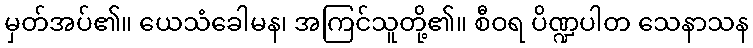
မှတ်အပ်၏။ ယေသံခေါမန၊ အကြင်သူတို့၏။ စီဝရ ပိဏ္ဍပါတ သေနာသန